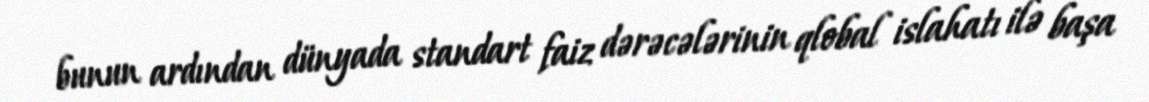
bunun ardından dünyada standart faiz dərəcələrinin qlobal islahatı ilə başa